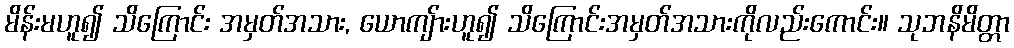
မိန်းမဟူ၍ သိကြောင်း အမှတ်အသား, ယောကျ်ားဟူ၍ သိကြောင်းအမှတ်အသားကိုလည်းကောင်း။ သုဘနိမိတ္တာ